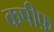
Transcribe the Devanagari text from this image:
कषीफ़